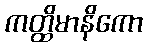
ကတ္ထိမာနိကော